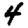
Digit: 4